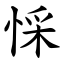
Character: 㥒